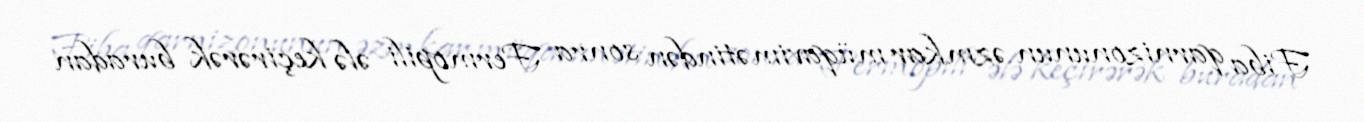
Fiba qarnizonunun əzmkar müqavimətindən sonra Fermopili ələ keçirərək buradan